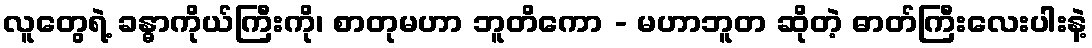
လူတွေရဲ့ ခန္ဓာကိုယ်ကြီးကို၊ စာတုမဟာ ဘူတိကော - မဟာဘူတ ဆိုတဲ့ ဓာတ်ကြီးလေးပါးနဲ့